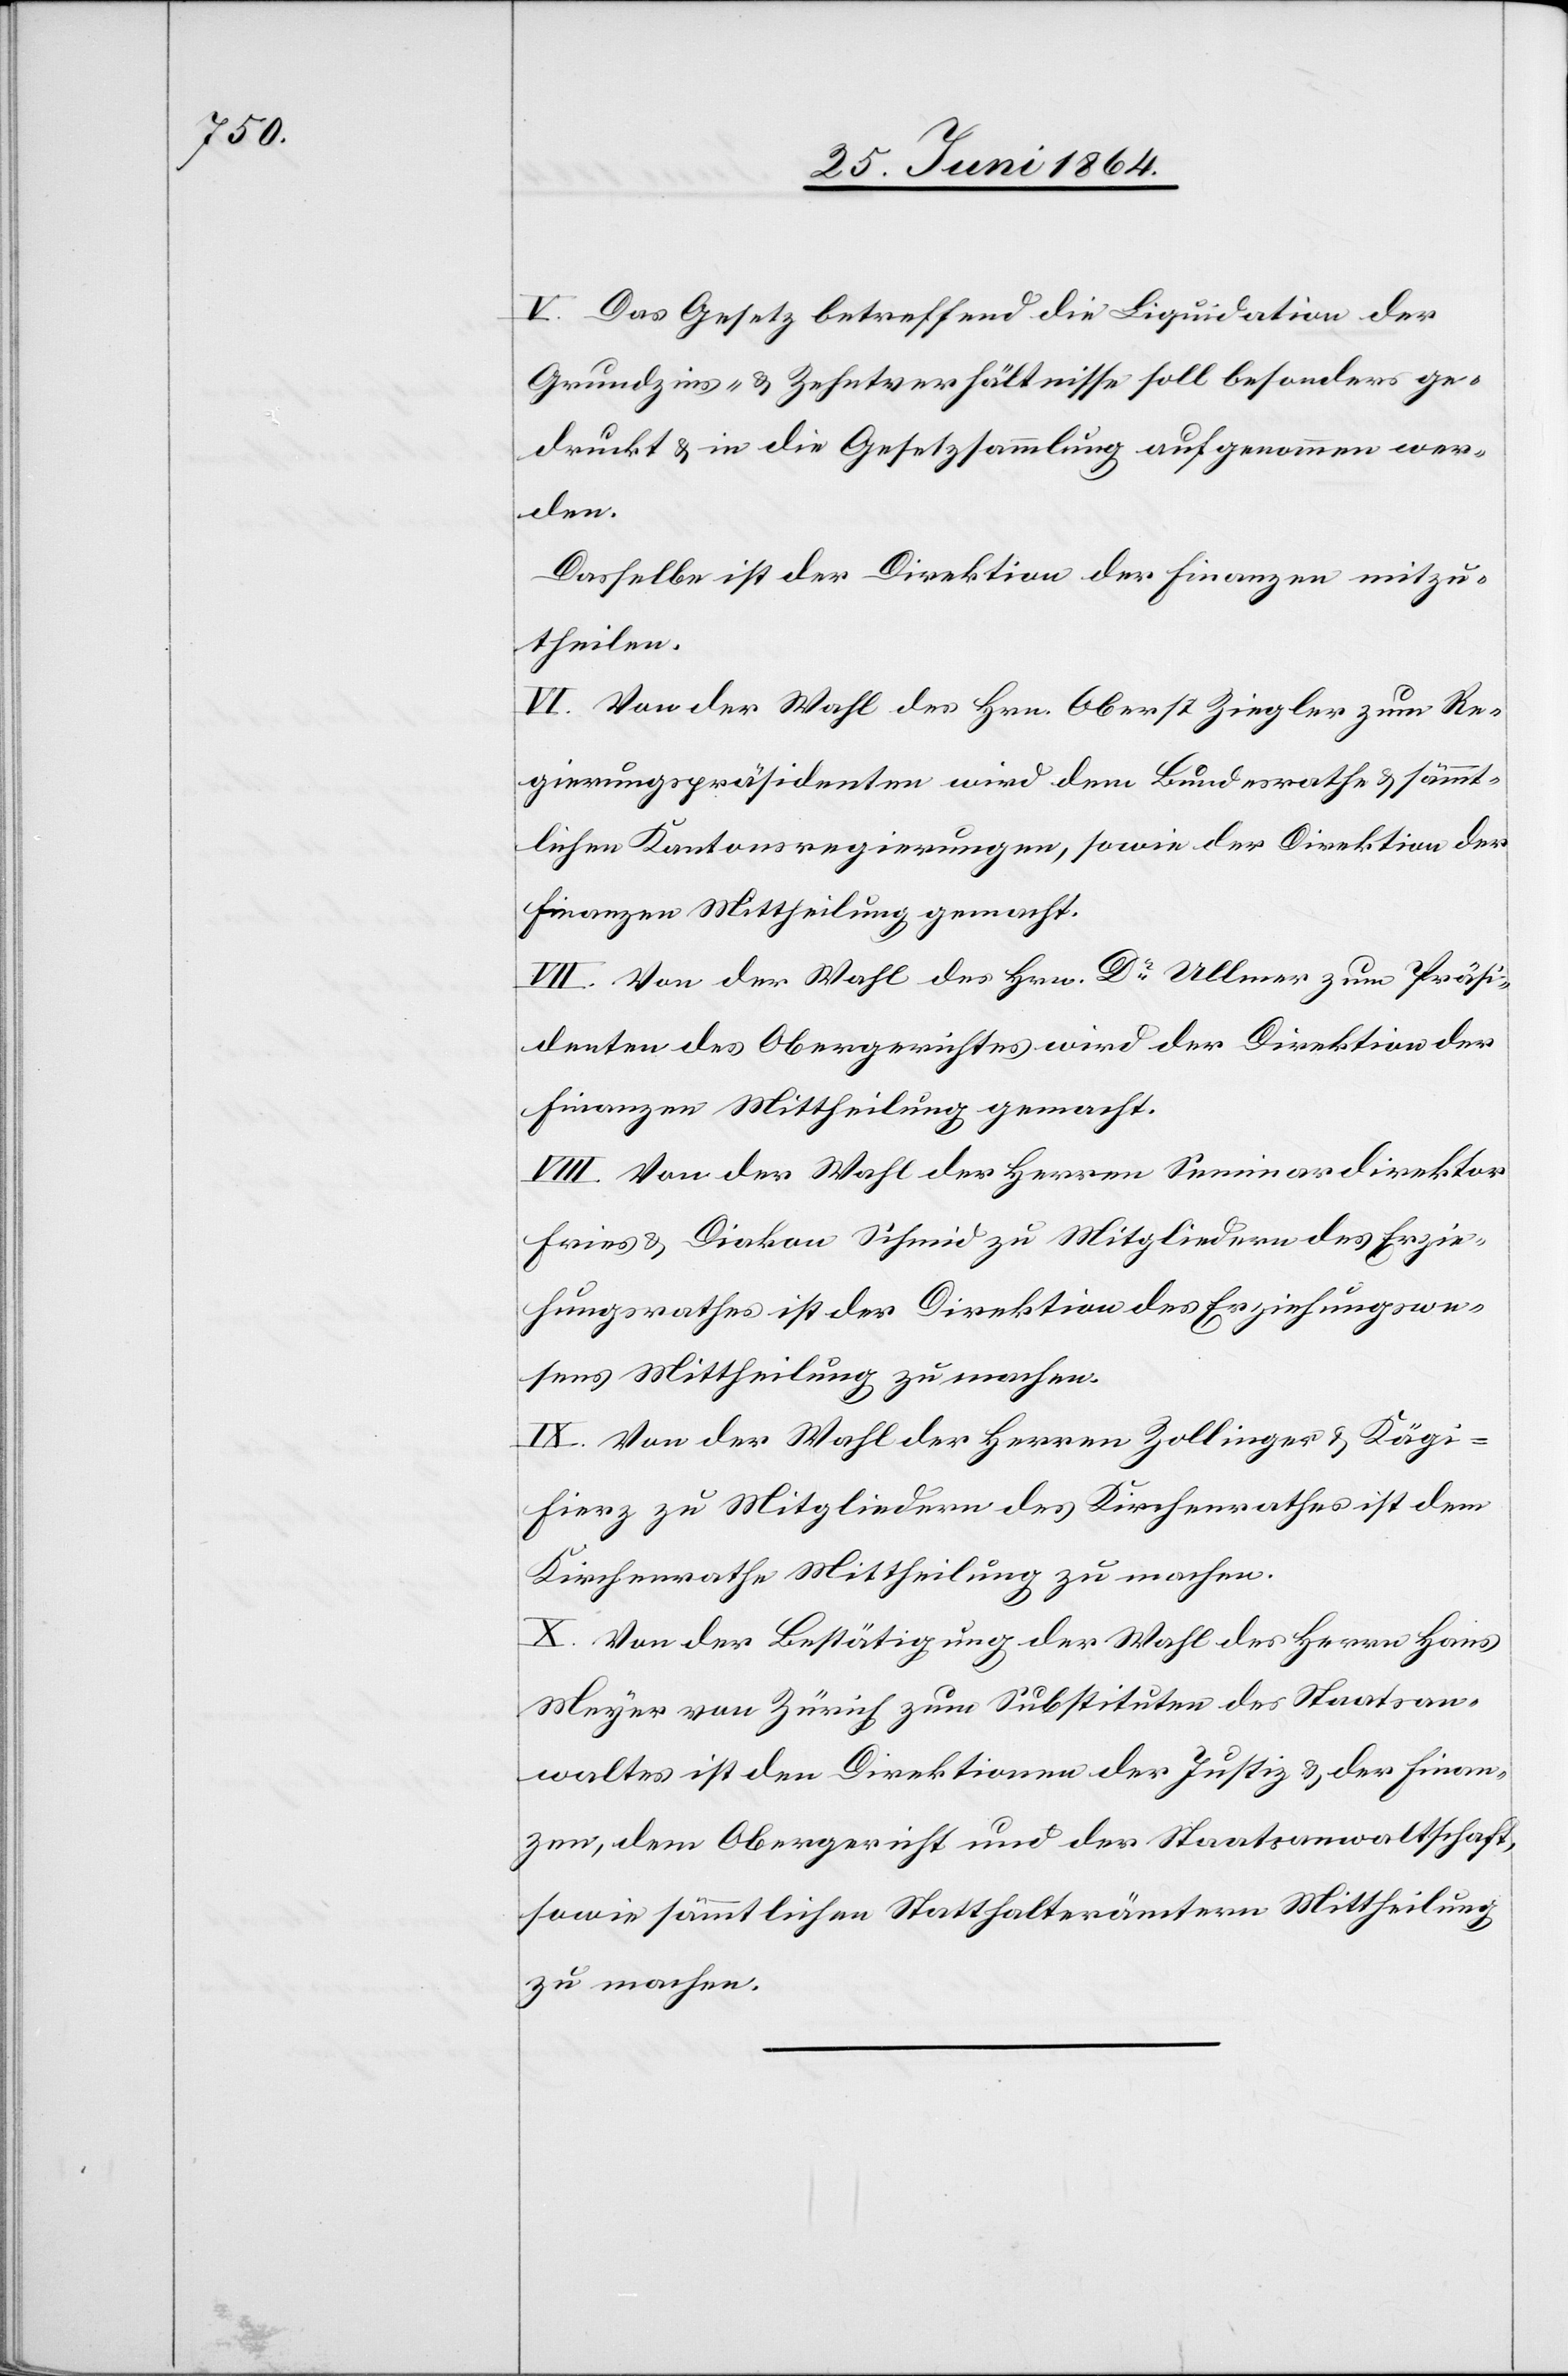
V. Das Gesetz betreffend die Liquidation der
Grundzins. u. Zehntverhältnisse soll besonders ge¬
druckt u. in die Gesetzsammlung aufgenommen wer¬
den.
Dasselbe ist der Direktion der Finanzen mitzu¬
theilen.
VI. Von der Wahl des Hrn. Oberst Ziegler zum Re¬
gierungspräsidenten wird dem Bundesrathe u. sämmt¬
lichen Kantonsregierungen, sowie der Direktion der
Finanzen Mittheilung gemacht.
VII. Von der Wahl des Hrn. Dr Ullmer zum Präsi¬
denten des Obergerichtes wird der Direktion der
Finanzen Mittheilung gemacht.
VIII. Von der Wahl der Herren Seminardirektor
Fries u. Diakon Schmid zu Mitgliedern des Erzie¬
hungsrathes ist der Direktion des Erziehungswe¬
sens Mittheilung zu machen.
IX. Von der Wahl der Herren Zollinger u. Kägi-F¬
ierz zu Mitgliedern des Kirchenrathes ist dem
Kirchenrathe Mittheilung zu machen.
X. Von der Bestätigung der Wahl des Herrn Hans
Meyer von Zürich zum Substituten des Staatsan¬
waltes ist den Direktionen der Justiz u. der Finan¬
zen, dem Obergericht und der Staatsanwaltschaft,
sowie sämmtlichen Statthalterämtern Mittheilung
zu machen.